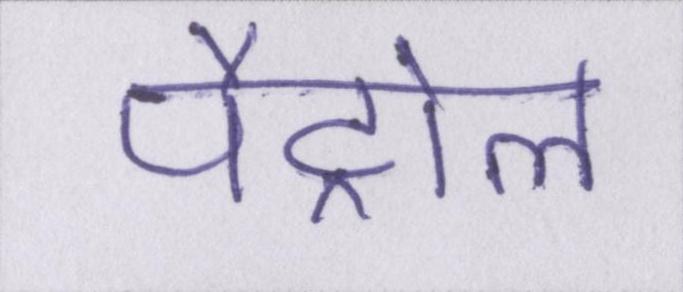
पैट्रोल